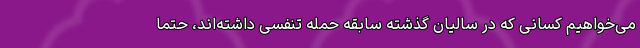
می‌خواهیم کسانی که در سالیان گذشته سابقه حمله تنفسی داشته‌اند، حتما